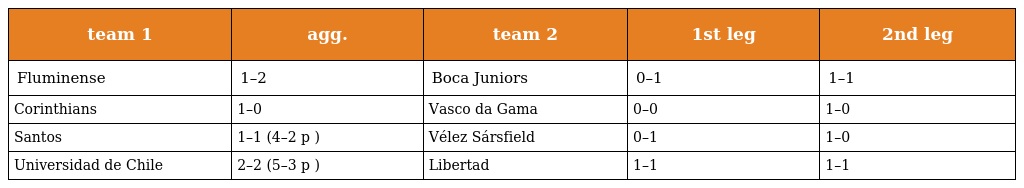
| team 1 | agg. | team 2 | 1st leg | 2nd leg |
 | --- | --- | --- | --- | --- |
 | Fluminense | 1–2 | Boca Juniors | 0–1 | 1–1 |
 | Corinthians | 1–0 | Vasco da Gama | 0–0 | 1–0 |
 | Santos | 1–1 (4–2 p ) | Vélez Sársfield | 0–1 | 1–0 |
 | Universidad de Chile | 2–2 (5–3 p ) | Libertad | 1–1 | 1–1 |